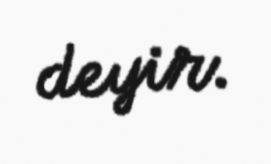
deyir.